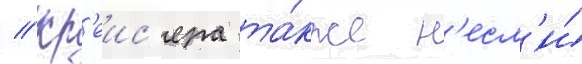
// Кр'еис'ера та́кже н'есл'и́